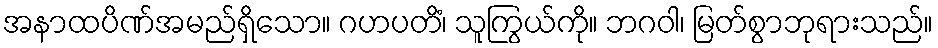
အနာထပိဏ်အမည်ရှိသော။ ဂဟပတိံ၊ သူကြွယ်ကို။ ဘဂဝါ၊ မြတ်စွာဘုရားသည်။